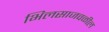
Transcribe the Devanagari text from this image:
भिलसाजवळील